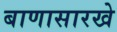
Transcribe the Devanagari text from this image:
बाणासारखे